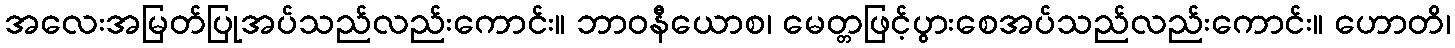
အလေးအမြတ်ပြုအပ်သည်လည်းကောင်း။ ဘာဝနီယောစ၊ မေတ္တဖြင့်ပွားစေအပ်သည်လည်းကောင်း။ ဟောတိ၊